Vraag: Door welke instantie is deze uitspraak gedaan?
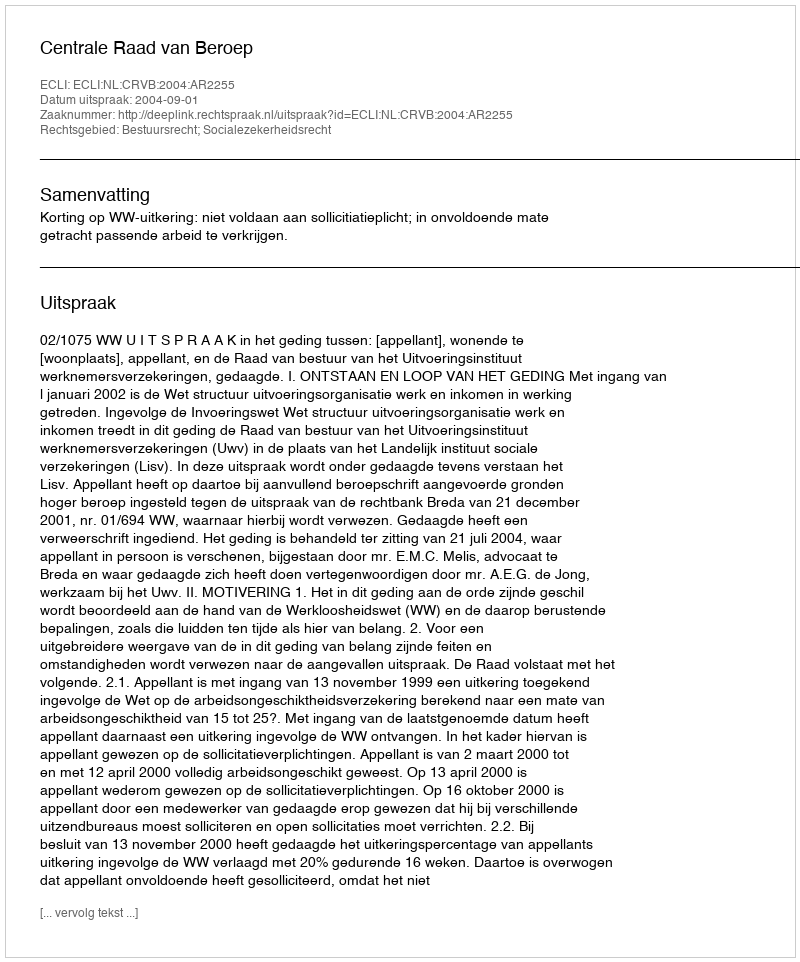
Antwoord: Centrale Raad van Beroep